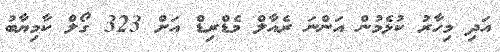
އަދި މިހާރު ކުޅެމުން އަންނަ ރެއާލް މެޑްރިޑް އަށް 323 ގޯލް ކާމިޔާބު